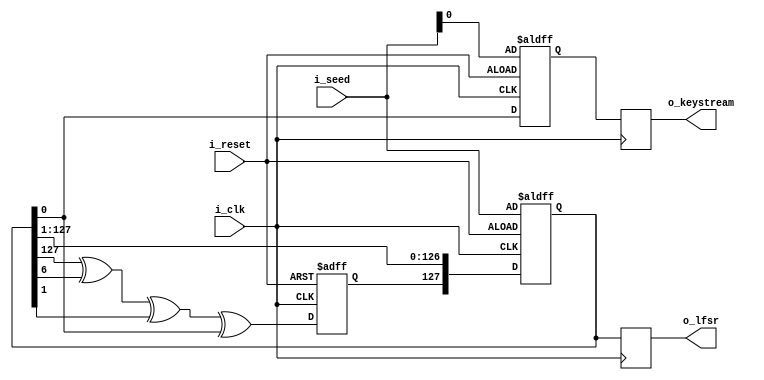
module lfsr_128bit (
    input wire i_clk,
    input wire i_reset,
    input wire [127:0] i_seed,
    output reg [127:0] o_lfsr,
    output reg o_keystream
);

reg [127:0] lfsr_reg;
reg msb_lfsr;
reg keystream_reg;

// Always block triggered on the rising edge of the clock or the reset signal
always @(posedge i_clk or posedge i_reset) begin
    if (i_reset) begin
        // Asynchronous reset: Initialize LFSR with seed value and other registers
        lfsr_reg <= i_seed;
        msb_lfsr <= 0;
        keystream_reg <= i_seed[0];
    end else begin
        // On the rising edge of the clock: Update LFSR and keystream registers
        msb_lfsr <= lfsr_reg[127] ^ lfsr_reg[6] ^ lfsr_reg[1] ^ lfsr_reg[0];
        keystream_reg <= lfsr_reg[0];
        lfsr_reg <= {msb_lfsr, lfsr_reg[127:1]};
    end
end

// Separate always block to drive outputs based on internal registers
always @(posedge i_clk) begin
    o_lfsr <= lfsr_reg;
    o_keystream <= keystream_reg;
end

endmodule